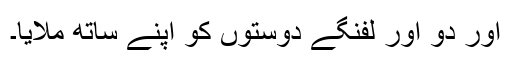
اور دو اور لفنگے دوستوں کو اپنے ساتھ ملایا۔